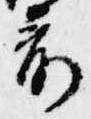
前